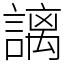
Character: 謧